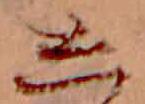
し